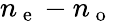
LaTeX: n_{\mathrm{~e~}}-n_{\mathrm{~o~}}